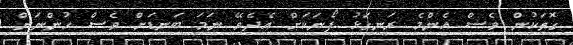
ގޮތަކުން ވެސް އެންމެ ރަނގަޅު ފޯނަކަށް އެދެވޭ ނަމަ ބަނޑަށް ވެސް ހުންނަން